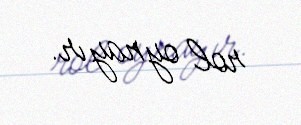
rol oynayır.